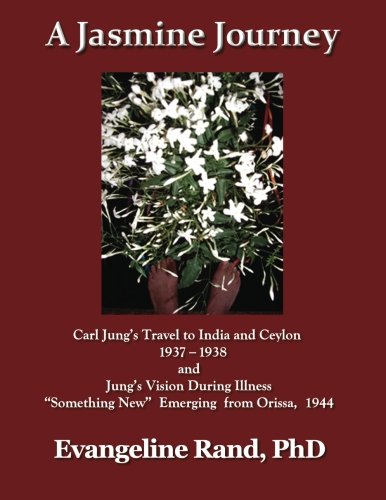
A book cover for A Jasmine Journey: Carl Jung's travel to India and Ceylon 1937-38 and Jung's Vision During Illness "Something New" Emerging from Orissa, 1944; Evangeline Rand; Travel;